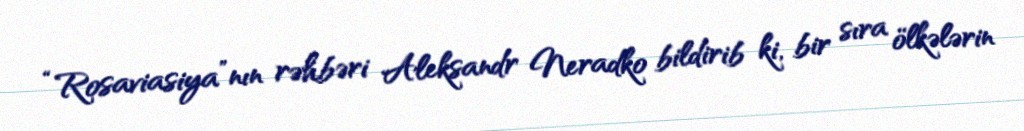
“Rosaviasiya”nın rəhbəri Aleksandr Neradko bildirib ki, bir sıra ölkələrin